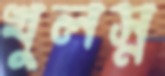
খুলস্ন